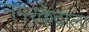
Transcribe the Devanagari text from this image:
नगरकेंद्राला